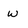
Character: w